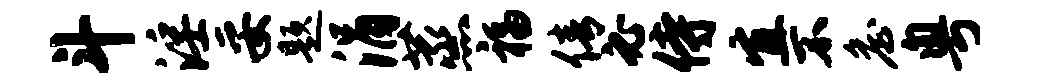
斗淫妥题涓蒸福倩必侍宜不詹粤